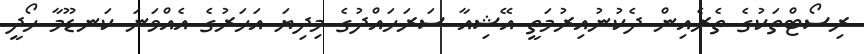
ރިސޯޓްތަކުގެ ތެރެއިން ދެކުނުއިރުމަތީ އޭޝިއާ ސަރަހައްދުގެ މިދިޔަ އަހަރުގެ އެއްވަނަ ކަނޑޫމާ ހޯދީ